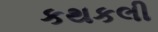
કથકલી